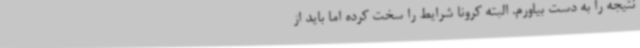
نتیجه را به دست بیاورم. البته کرونا شرایط را سخت کرده اما باید از